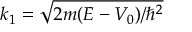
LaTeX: k _ { 1 } = { \sqrt { 2 m ( E - V _ { 0 } ) / \hbar ^ { 2 } } }